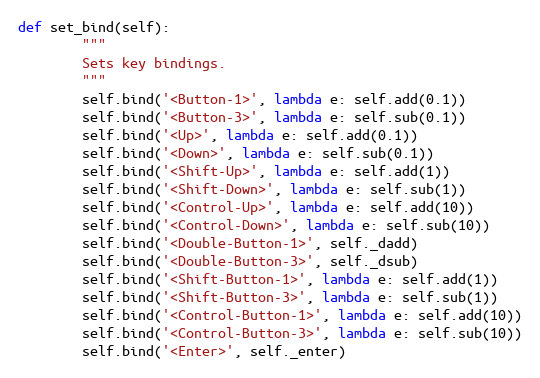
Language: Python
def set_bind(self):
        """
        Sets key bindings.
        """
        self.bind('<Button-1>', lambda e: self.add(0.1))
        self.bind('<Button-3>', lambda e: self.sub(0.1))
        self.bind('<Up>', lambda e: self.add(0.1))
        self.bind('<Down>', lambda e: self.sub(0.1))
        self.bind('<Shift-Up>', lambda e: self.add(1))
        self.bind('<Shift-Down>', lambda e: self.sub(1))
        self.bind('<Control-Up>', lambda e: self.add(10))
        self.bind('<Control-Down>', lambda e: self.sub(10))
        self.bind('<Double-Button-1>', self._dadd)
        self.bind('<Double-Button-3>', self._dsub)
        self.bind('<Shift-Button-1>', lambda e: self.add(1))
        self.bind('<Shift-Button-3>', lambda e: self.sub(1))
        self.bind('<Control-Button-1>', lambda e: self.add(10))
        self.bind('<Control-Button-3>', lambda e: self.sub(10))
        self.bind('<Enter>', self._enter)